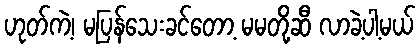
ဟုတ်ကဲ့၊ မပြန်သေးခင်တော့ မမတို့ဆီ လာခဲ့ပါ့မယ်